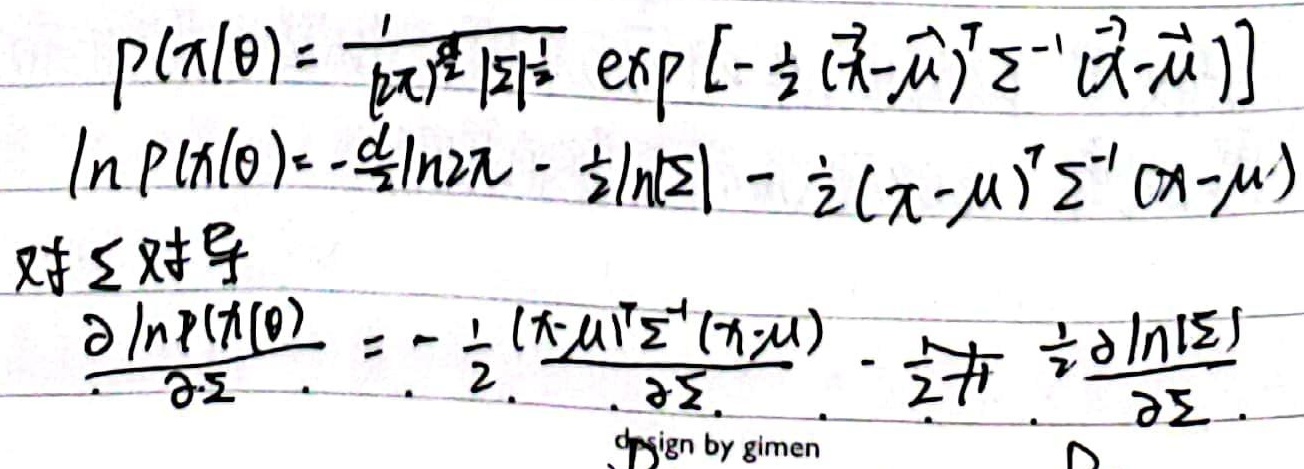
对\(\Sigma\)求导
\[\begin{align*}
p(x|\theta)&=\frac{1}{(2\pi)^{\frac{d}{2}}|\Sigma|^{\frac{1}{2}}}\exp\left[-\frac{1}{2}(x - \mu)^T\Sigma^{-1}(x - \mu)\right]\\
\ln p(x|\theta)&=-\frac{d}{2}\ln2\pi-\frac{1}{2}\ln|\Sigma|-\frac{1}{2}(x - \mu)^T\Sigma^{-1}(x - \mu)
\end{align*}\]
\[\frac{\partial\ln p(x|\theta)}{\partial\Sigma}=-\frac{1}{2}\frac{\partial(x - \mu)^T\Sigma^{-1}(x - \mu)}{\partial\Sigma}-\frac{1}{2}\frac{\partial\ln|\Sigma|}{\partial\Sigma}\]
design by gimen